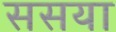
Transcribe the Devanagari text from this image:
ससया